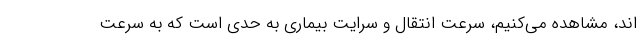
اند، مشاهده می‌کنیم، سرعت انتقال و سرایت بیماری به حدی است که به سرعت